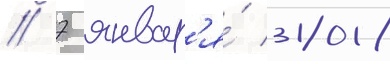
// 7 январ'я́ 2018